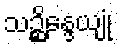
သဉ္ဆိန္ဒေယျုံ